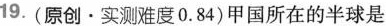
19. (原创·实测难度0.84)甲国所在的半球是